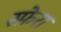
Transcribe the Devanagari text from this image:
स्फ़ेरा